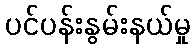
ပင်ပန်းနွမ်းနယ်မှု